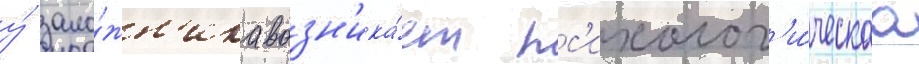
у́ зало́жн'ика возн'ика́ет пс'ихолог'и́ческаа